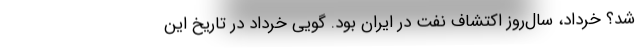
شد؟ خرداد، سال‌روز اکتشاف نفت در ایران بود. گویی خرداد در تاریخ این